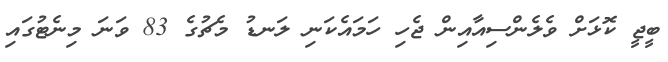
ބީޖީ ކޮޅަށް ވެލެންސިއާއިން ޖެހި ހަމައެކަނި ލަނޑު މެޗުގެ 83 ވަނަ މިނެޓުގައި